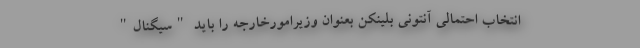
انتخاب احتمالی آنتونی بلینکن بعنوان وزیرامورخارجه را باید "سیگنال"